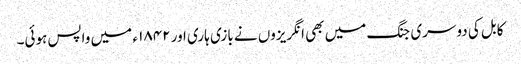
کابل کی دوسری جنگ میں بھی انگریزوں نے بازی ہاری اور ۱۸۴۲ ء میں واپس ہوئی۔